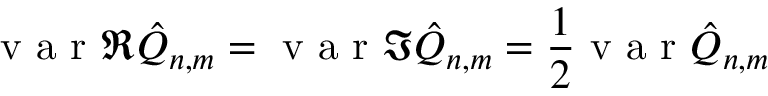
\mathrm { ~ v ~ a ~ r ~ } \Re \hat { Q } _ { n , m } = \mathrm { ~ v ~ a ~ r ~ } \Im \hat { Q } _ { n , m } = \frac { 1 } { 2 } \mathrm { ~ v ~ a ~ r ~ } \hat { Q } _ { n , m }